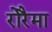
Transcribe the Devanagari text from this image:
रोरैमा